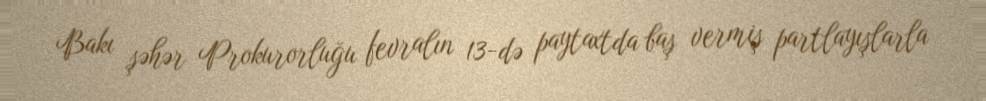
Bakı şəhər Prokurorluğu fevralın 13-də paytaxtda baş vermiş partlayışlarla